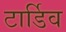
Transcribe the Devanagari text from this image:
टार्डिव